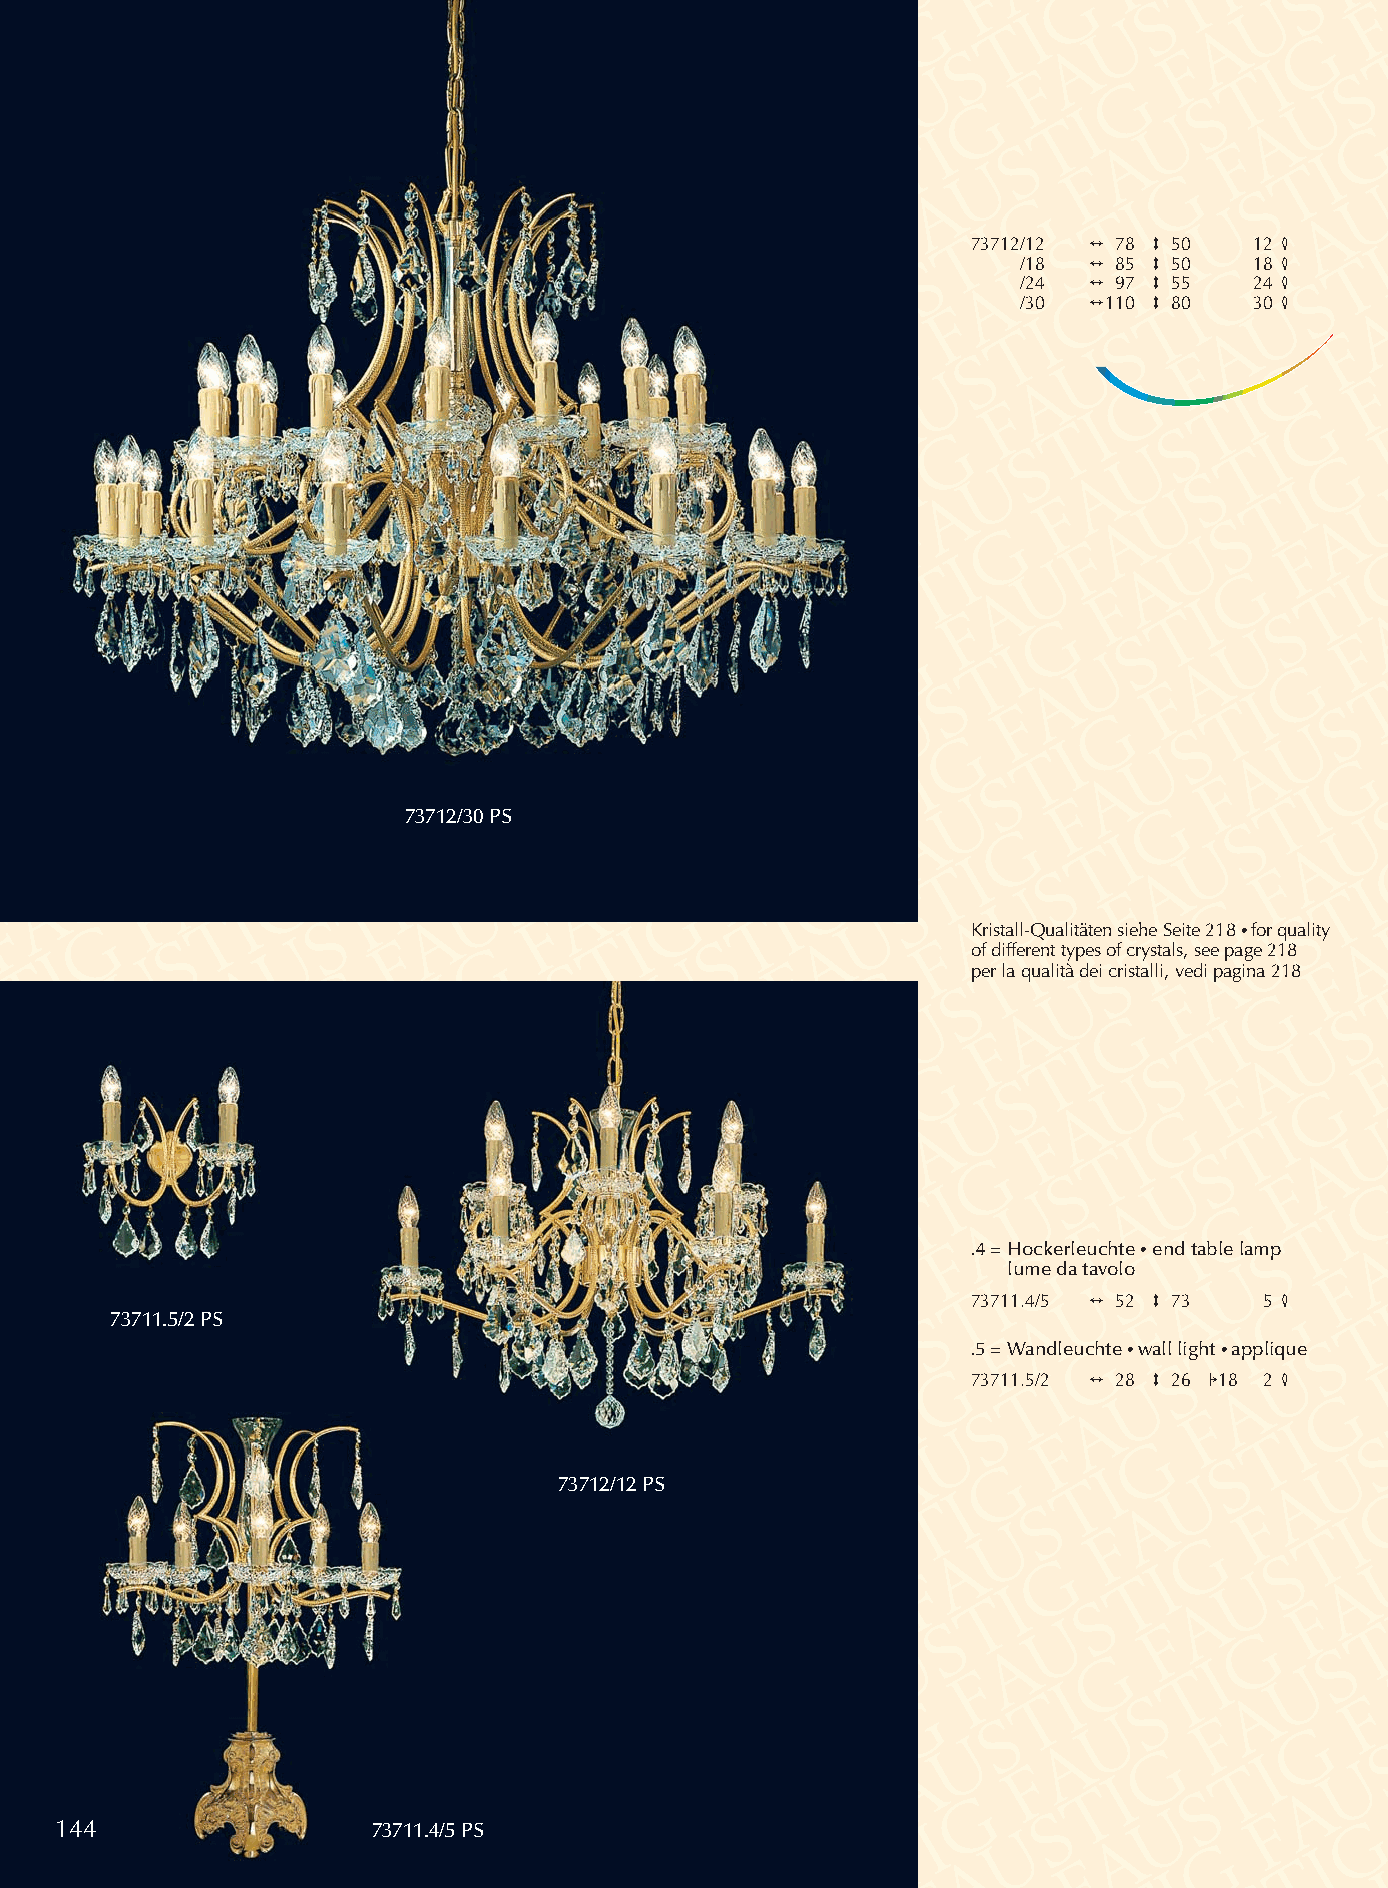
73712/12 2 78 3 50 12 4
 /18 2 85 3 50  18 4
 /24 2 97 3 55  24 4
 /30 2110 3 80  30 4
 73712/30 PS
 Kristall-Qualitäten siehe Seite 218 •for quality
 of different types of crystals, see page 218
 per la qualità dei cristalli, vedi pagina 218
 .4 = Hockerleuchte •end table lamp
 lume da tavolo
 73711.4/5 2 52 3 73 5 4
 73711.5/2 PS
 .5 = Wandleuchte •wall light •applique
 73711.5/2 2 28 3 26 118 2 4
 73712/12 PS
 144                  73711.4/5 PS